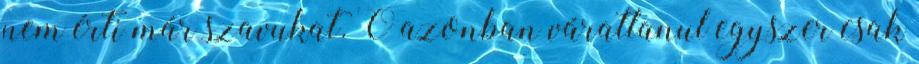
nem érti már szavukat. Ő azonban váratlanul egyszer csak